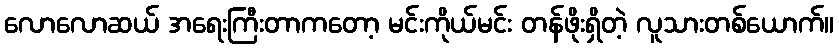
လောလောဆယ် အရေးကြီးတာကတော့ မင်းကိုယ်မင်း တန်ဖိုးရှိတဲ့ လူသားတစ်ယောက်။